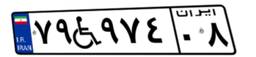
۷۹W۹۷۴۰۸